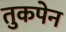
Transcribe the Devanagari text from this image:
तुकपेन